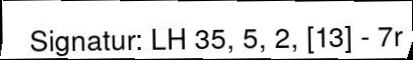
Signatur: LH 35, 5, 2, [13] - 7r